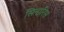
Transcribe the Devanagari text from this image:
सिनारिस